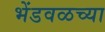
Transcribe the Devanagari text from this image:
भेंडवळच्या